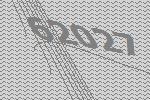
62027